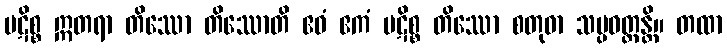
ပဋိစ္စ ဣတရာ တိဿော တိဿောတိ ဧဝံ ဧကံ ပဋိစ္စ တိဿော စတုဓာ သမ္ပဝတ္တန္တိ။ တထာ